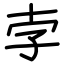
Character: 孛